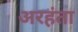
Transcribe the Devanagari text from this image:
अरहंता